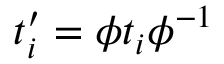
{ t _ { i } ^ { \prime } = \phi t _ { i } \phi ^ { - 1 } }